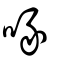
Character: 喙